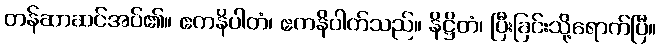
တန်ဆာဆင်အပ်၏။ ဧကနိပါတံ၊ ဧကနိပါတ်သည်။ နိဋ္ဌိတံ၊ ပြီးခြင်းသို့ရောက်ပြီ။